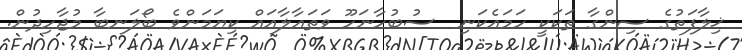
ޚިލާފަތުގެ ސިންގާ ތަކަކީ ހަމައެކަނި  ސުބުހާނަހޫ ވަތަޢާލާއައް ކިޔަމަންވެ ބޯލަނބާ މުޖާހިދުން.